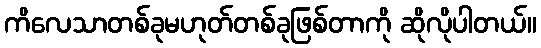
ကိလေသာတစ်ခုမဟုတ်တစ်ခုဖြစ်တာကို ဆိုလိုပါတယ်။